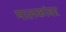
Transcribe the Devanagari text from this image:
मालकांवर